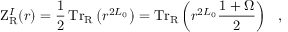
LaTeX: \mathrm { Z } _ { \mathrm { R } } ^ { I } ( r ) = \frac { 1 } { 2 } \, \mathrm { T r } _ { \mathrm { R } } \left( r ^ { 2 L _ { 0 } } \right) = \mathrm { T r } _ { \mathrm { R } } \left( r ^ { 2 L _ { 0 } } { \frac { 1 + \Omega } { 2 } } \right) ~ ~ ,